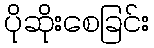
ပိုဆိုးစေခြင်း